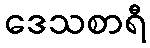
ဒေသစာရီ